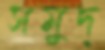
সমুদ্